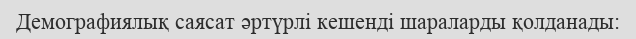
Демографиялық саясат әртүрлі кешенді шараларды қолданады: